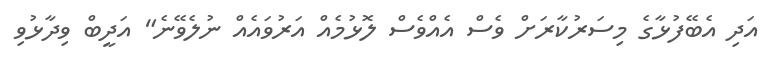
އަދި އެބޭފުޅާގެ މިސަރުކާރަށް ވެސް އެއްވެސް ލޮޅުމެއް އަރުވައެއް ނުލެވޭނެ" އަދީބް ވިދާޅުވި